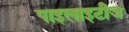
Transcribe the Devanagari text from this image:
पाइलाइटीज